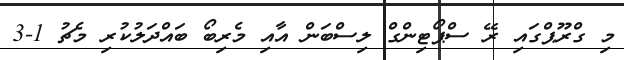
މި ގްރޫޕްގައި ރޭ ސްޕޯޓިންގް ލިސްބަން އާއި މެރިބޯ ބައްދަލުކުރި މެޗު 1-3